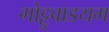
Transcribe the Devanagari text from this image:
गोट्टुवाडयम